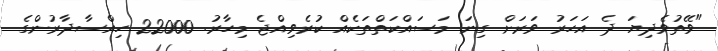
"ވޭތުވެދިޔަ ދެ އަހަރު ވަރަށް ގިނަ މަސައްކަތްތަކެއް ކުރެވިއްޖެ މިހާރު. 22000 ހިއްސާދާރުންގެ